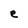
Character: e